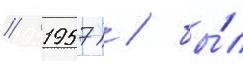
// 1957) / бы́л